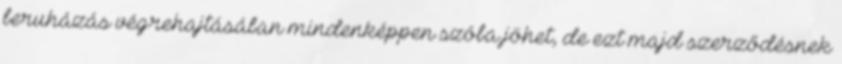
beruházás végrehajtásában mindenképpen szóba jöhet, de ezt majd szerződésnek